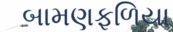
બામણફળિયા